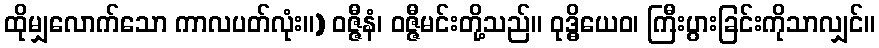
ထိုမျှလောက်သော ကာလပတ်လုံး။) ဝဇ္ဇီနံ၊ ဝဇ္ဇီမင်းတို့သည်။ ဝုဒ္ဓိယေဝ၊ ကြီးပွားခြင်းကိုသာလျှင်။